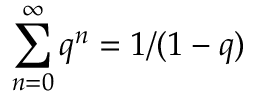
\sum _ { n = 0 } ^ { \infty } q ^ { n } = 1 / ( 1 - q )